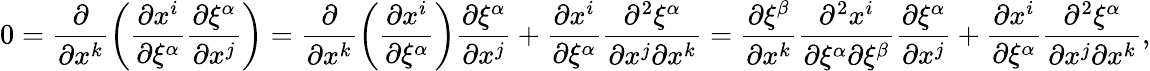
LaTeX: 0=\frac{\partial}{\partial x^{k}}\left(\frac{\partial x^{i}}{\partial\xi^{\alpha}}\frac{\partial\xi^{\alpha}}{\partial x^{j}}\right)=\frac{\partial}{\partial x^{k}}\left(\frac{\partial x^{i}}{\partial\xi^{\alpha}}\right)\frac{\partial\xi^{\alpha}}{\partial x^{j}}+\frac{\partial x^{i}}{\partial\xi^{\alpha}}\frac{\partial^{2}\xi^{\alpha}}{\partial x^{j}\partial x^{k}}=\frac{\partial\xi^{\beta}}{\partial x^{k}}\frac{\partial^{2}x^{i}}{\partial\xi^{\alpha}\partial\xi^{\beta}}\frac{\partial\xi^{\alpha}}{\partial x^{j}}+\frac{\partial x^{i}}{\partial\xi^{\alpha}}\frac{\partial^{2}\xi^{\alpha}}{\partial x^{j}\partial x^{k}},